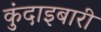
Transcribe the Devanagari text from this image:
कुंदाइबारी